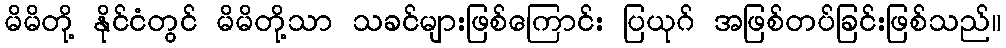
မိမိတို့ နိုင်ငံတွင် မိမိတို့သာ သခင်များဖြစ်ကြောင်း ပြယုဂ် အဖြစ်တပ်ခြင်းဖြစ်သည်။